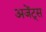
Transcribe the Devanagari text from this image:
अजेंट्स